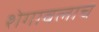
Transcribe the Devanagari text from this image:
शेगावलाच